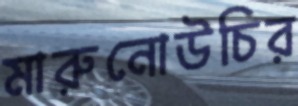
মারুনোউচির